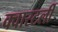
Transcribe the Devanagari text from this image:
क्वारटर्ली